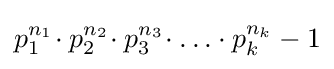
p_{1}^{n_{1}}\!\cdot p_{2}^{n_{2}}\!\cdot p_{3}^{n_{3}}\!\cdot \ldots \cdot p_{k}^{n_{k}}-1